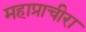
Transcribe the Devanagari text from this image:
महाप्राचीरा